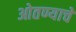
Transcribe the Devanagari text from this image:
ओतण्याचे